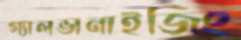
গ্যালভানাইজিং